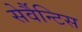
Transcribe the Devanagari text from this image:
सेर्वैन्टिस